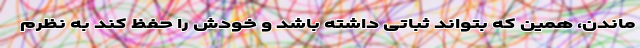
ماندن، همین که بتواند ثباتی داشته باشد و خودش را حفظ کند به نظرم